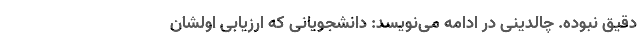
دقیق نبوده. چالدینی در ادامه می‌نویسد: دانشجویانی که ارزیابی اولشان